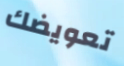
تعويضك